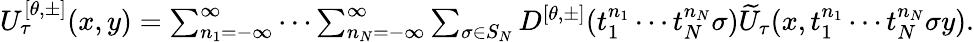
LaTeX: \begin{array}{r}{U_{\tau}^{[\theta,\pm]}(x,y)=\sum_{n_{1}=-\infty}^{\infty}\cdots\sum_{n_{N}=-\infty}^{\infty}\sum_{\sigma\in S_{N}}D^{[\theta,\pm]}(t_{1}^{n_{1}}\cdots t_{N}^{n_{N}}\sigma)\widetilde{U}_{\tau}(x,t_{1}^{n_{1}}\cdots t_{N}^{n_{N}}\sigma y).}\end{array}